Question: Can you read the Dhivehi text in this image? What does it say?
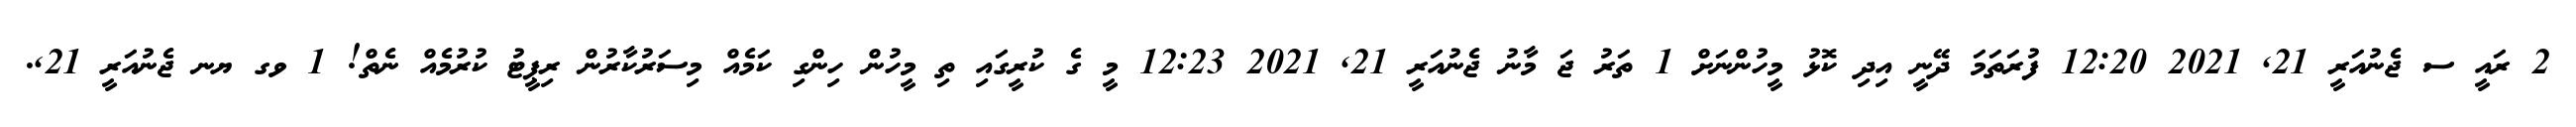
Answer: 2 ރައީ ސ ޖެނުއަރީ 21, 2021 12:20 ފުރަތަމަ ދޭނީ އިދި ކޮޅު މީހުންނަށް 1 ތަރު ޖަ މާނު ޖެނުއަރީ 21, 2021 12:23 މީ ގެ ކުރީގައި ތި މީހުން ހިންގި ކަމެއް މިސަރުކާރުން ރިޕީޓު ކުރުމެއް ނެތް! 1 ވގ ޔނ ޖެނުއަރީ 21,.